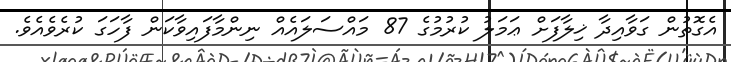
އެގޮތުން ގަވާއިދާ ޚިލާފަށް ޢަމަލު ކުރުމުގެ 87 މައްސަލައެއް ނިންމާފައިވާކަން ފާހަގަ ކުރެވެއެވެ.